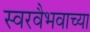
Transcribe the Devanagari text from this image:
स्वरवैभवाच्या